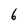
Character: 6